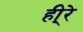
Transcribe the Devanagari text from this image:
ही्रे